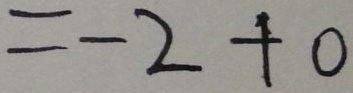
= - 2 + 0